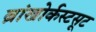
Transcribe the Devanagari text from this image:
ब्रांखोर्कस्टसूट